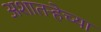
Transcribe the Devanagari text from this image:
अशातर्‍हेच्या